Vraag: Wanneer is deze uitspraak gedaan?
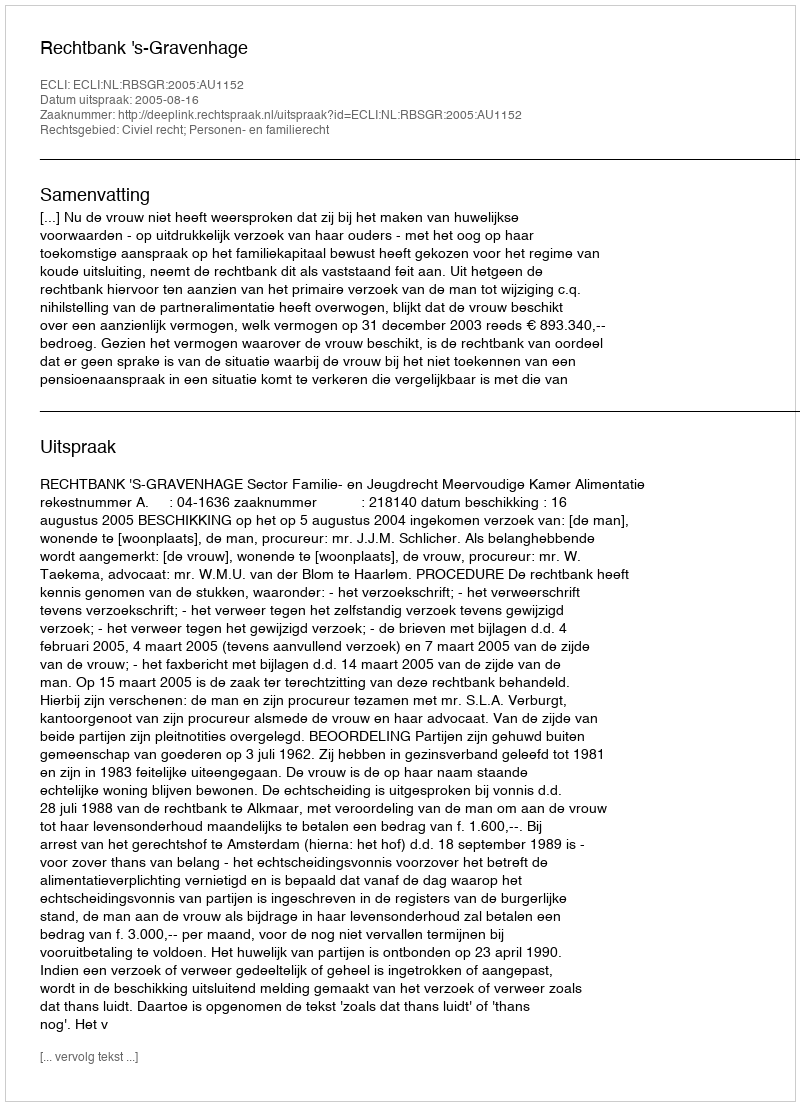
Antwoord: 2005-08-16